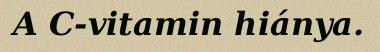
A C-vitamin hiánya.